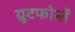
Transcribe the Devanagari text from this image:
ग्रूटफोन्तें